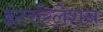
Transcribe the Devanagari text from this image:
इंटररिलेशन